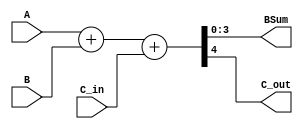
module Binary_Adder(BSum, C_out, B, A, C_in);
  output [3: 0] BSum;
  output C_out;
  input [3: 0] A, B;
  input C_in;

  assign {C_out, BSum} = A + B + C_in;
endmodule

module BCD_Adder (Sum, Carry_out, Addend, Augend, Carry_in);
  output [3: 0] Sum;
  output Carry_out;
  input [3: 0] Augend, Addend;
  input Carry_in;

  wire [3: 0] Sum_wire, Addend2;
  wire Carry_out_wire;

  wire C, D;

  //and (and1, Sum_wire[2], Sum_wire[3]);
  //and (and2, Sum_wire[1], Sum_wire[3]);
  //or  (Carry_out, and1, and2, Carry_out_wire);

  assign Addend2 [0] = 0;
  assign Addend2 [1] = (Carry_out_wire) || (Sum_wire[2] && Sum_wire[3]) || (Sum_wire[1] && Sum_wire[3]);
  assign Addend2 [2] = (Carry_out_wire) || (Sum_wire[2] && Sum_wire[3]) || (Sum_wire[1] && Sum_wire[3]);
  assign Addend2 [3] = 0;

  assign C = 0;
  assign D = 0;

  Binary_Adder badder1(.BSum(Sum_wire), .C_out(Carry_out_wire), .B(Addend), .A(Augend), .C_in(Carry_in));
  Binary_Adder badder2(.BSum(Sum), .C_out(C), .B(Addend2), .A(Sum_wire), .C_in(D));
endmodule